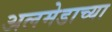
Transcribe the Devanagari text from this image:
अलमेडाच्या